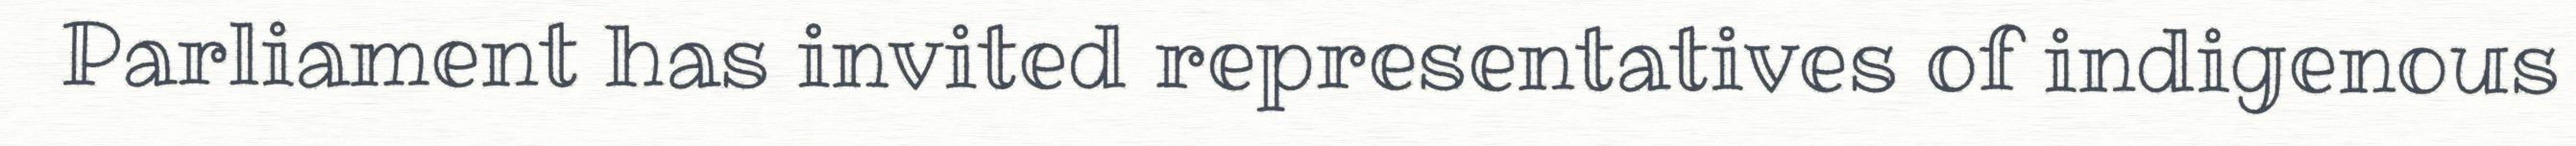
Parliament has invited representatives of indigenous